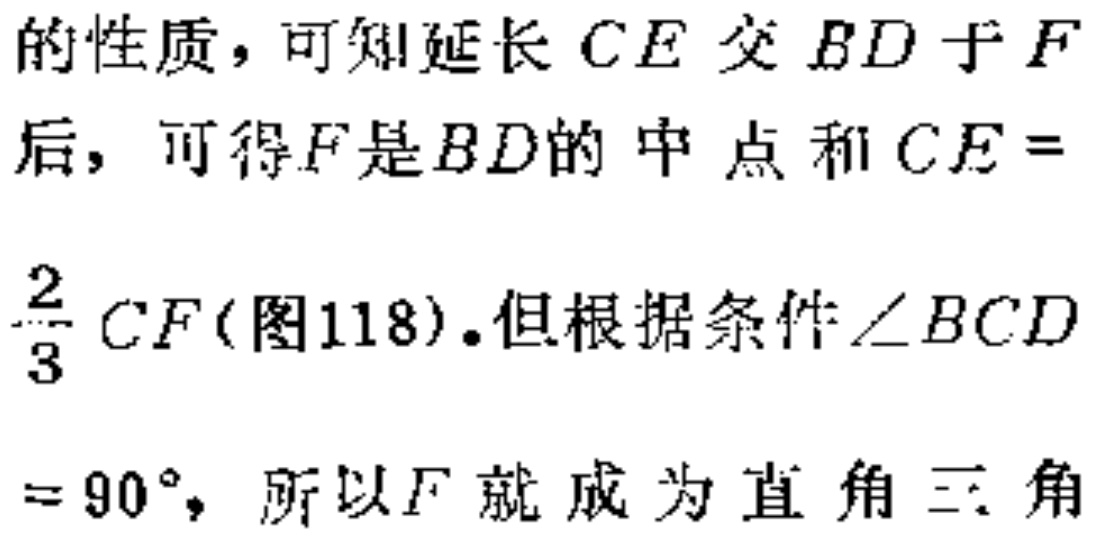
的性质，可知延长 \(CE\) 交 \(BD\) 于 \(F\) 后，可得 \(F\) 是 \(BD\) 的中点和 \(CE = \frac{2}{3}CF\)(图118)。但根据条件 \(\angle BCD = 90^{\circ}\)，所以 \(F\) 就成为直角三角